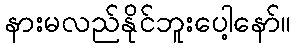
နားမလည်နိုင်ဘူးပေါ့နော်။